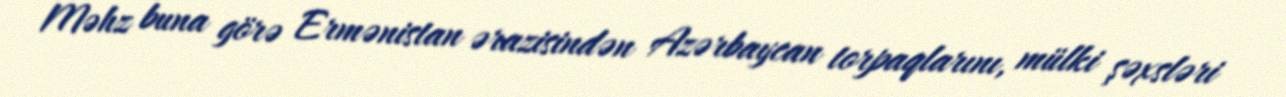
Məhz buna görə Ermənistan ərazisindən Azərbaycan torpaqlarını, mülki şəxsləri